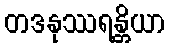
တဒနုဿရန္တိယာ